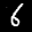
Label: 6